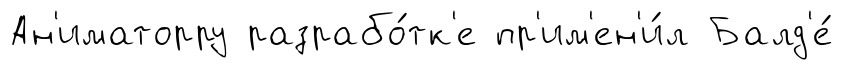
Ан'иматорру разрабо́тк'е пр'им'ен'и́л Балд'е́